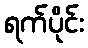
ရက်ပိုင်း